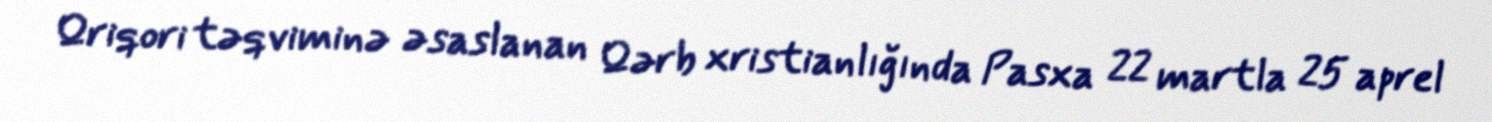
Qriqori təqviminə əsaslanan Qərb xristianlığında Pasxa 22 martla 25 aprel